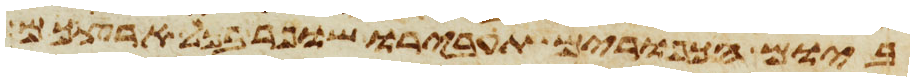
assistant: ביום הכפורים תעבירו שופר בכל ארצכם